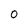
Character: O